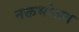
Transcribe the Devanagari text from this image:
नक्तभोजन